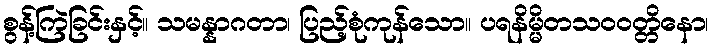
စွန့်ကြဲခြင်းနှင့်။ သမန္နာဂတာ၊ ပြည့်စုံကုန်သော။ ပရနိမ္မိတသဝဝတ္တိနော၊